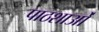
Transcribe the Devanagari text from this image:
पाठशाओं